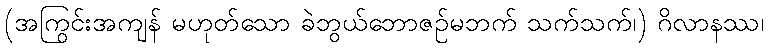
(အကြွင်းအကျန် မဟုတ်သော ခဲဘွယ်ဘောဇဉ်မဘက် သက်သက်၊) ဂိလာနဿ၊